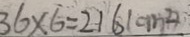
3 6 \times 6 = 2 1 6 ( c m ^ { 2 } )